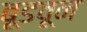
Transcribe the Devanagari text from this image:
बूडवून